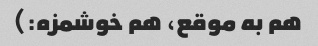
هم به موقع، هم خوشمزه:)